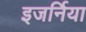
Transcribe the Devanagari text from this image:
इजर्निया